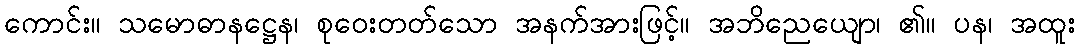
ကောင်း။ သမောဓာနဋ္ဌေန၊ စုဝေးတတ်သော အနက်အားဖြင့်။ အဘိညေယျော၊ ၏။ ပန၊ အထူး